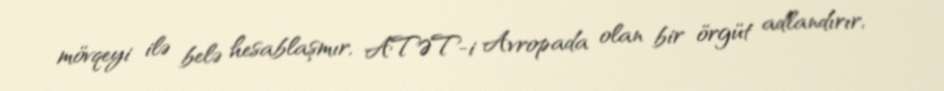
mövqeyi ilə belə hesablaşmır, ATƏT-i Avropada olan bir örgüt adlandırır,